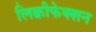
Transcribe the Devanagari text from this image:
लिक्वीफेक्शन